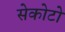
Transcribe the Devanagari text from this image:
सेकोटो